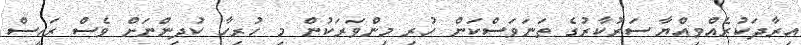
އިރާދަކުރެއްވިއްޔާ ސަރުކާރުގެ ތަނަވަސްކަން ހުރި މިންވަރަކުން މި ހުރިހާ ކުދިންނަށް ވެސް ރައީސް